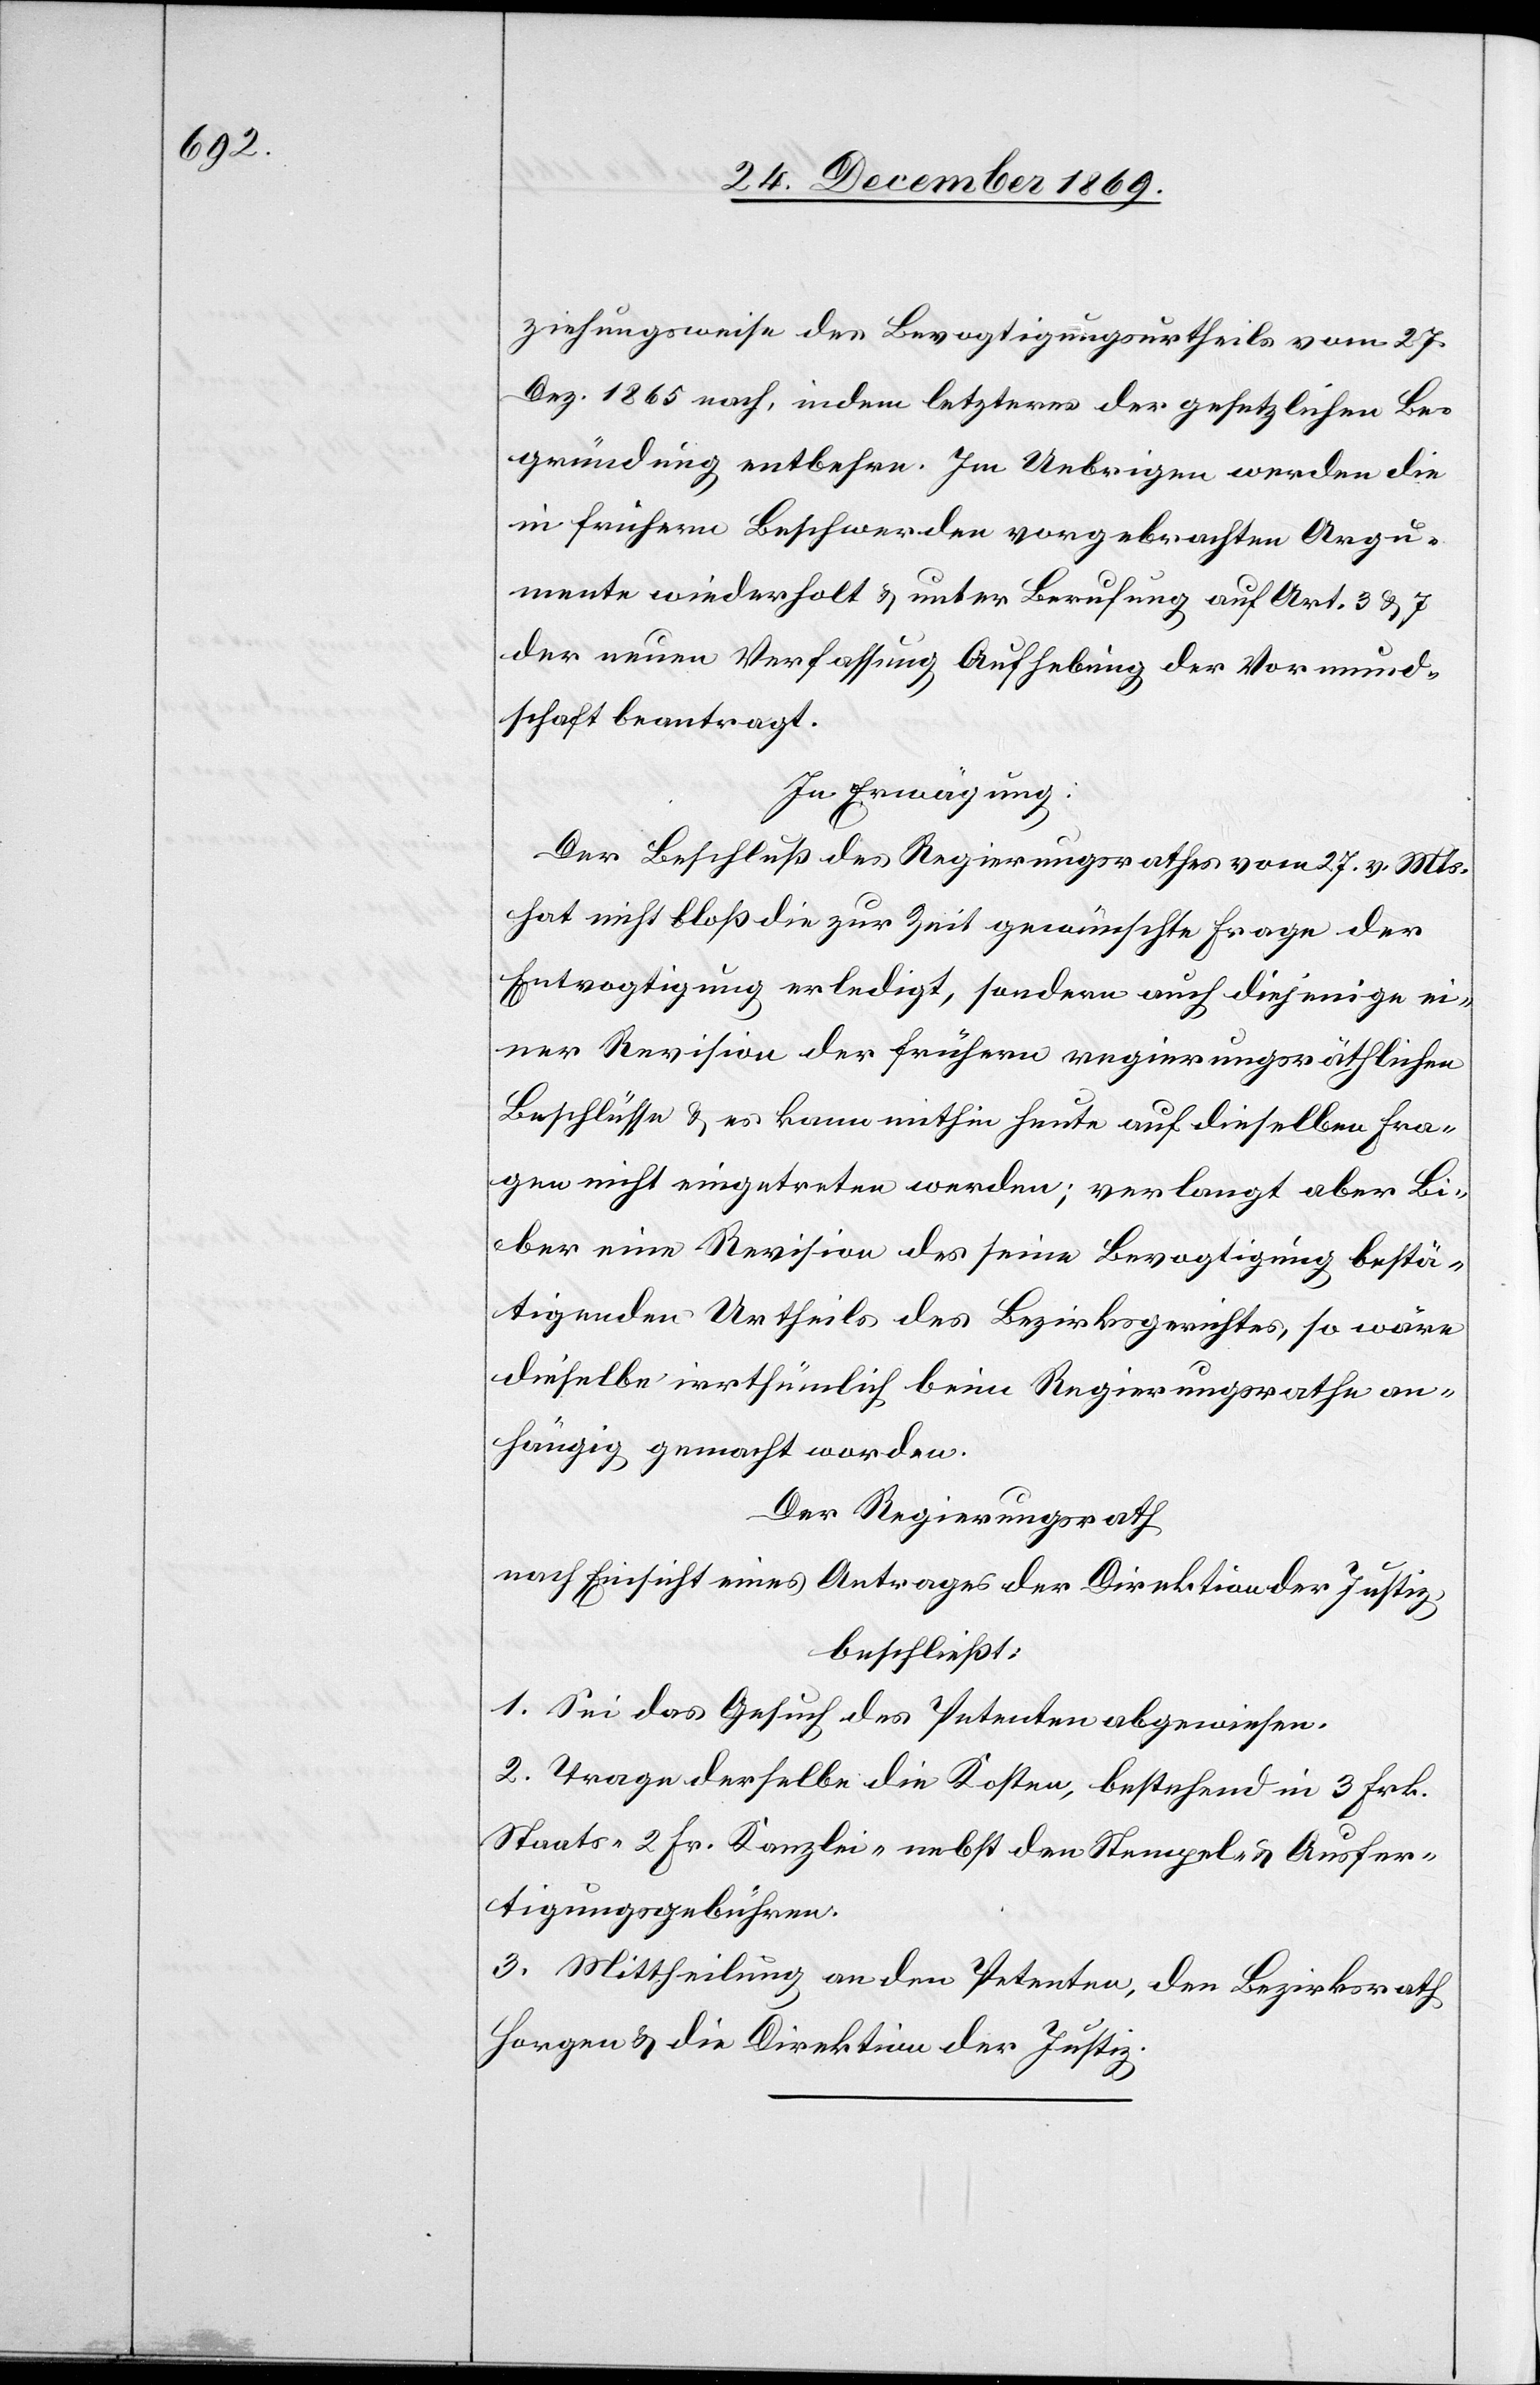
ziehungsweise des Bevogtigungsurtheils vom 27.
Dez. 1865 nach, indem letzteres der gesetzlichen Be¬
gründung entbehre. Im Uebrigen werden die
in frühern Beschwerden vorgebrachten Argu¬
mente wiederholt & unter Berufung auf Art. 3 & 7
der neuen Verfassung Aufhebung der Vormund¬
schaft beantragt.
In Erwägung:
Der Beschluß des Regierungsrathes vom 27. v. Mts.
hat nicht bloß die zur Zeit gewünschte Frage der
Entvogtigung erledigt, sondern auch diejenige ei¬
ner Revision der frühern regierungsräthlichen
Beschlüsse & es kann mithin heute auf dieselben Fra¬
gen nicht eingetreten werden; verlangt aber B¬
iber eine Revision des seine Bevogtigung bestä¬
tigenden Urtheils des Bezirksgerichtes, so wäre
dieselbe irrthümlich beim Regierungsrathe an¬
hängig gemacht worden.
Der Regierungsrath
nach Einsicht eines Antrages der Direktion der Justiz,
beschließt:
1. Sei das Gesuch des Petenten abgewiesen.
2. Trage derselbe die Kosten, bestehend in 3 Frk.
Staats-[,] 2 Fr. Kanzlei-[,] nebst den Stempel- & Ausfer¬
tigungsgebühren.
3. Mittheilung an den Petenten, den Bezirksrath
Horgen & die Direktion der Justiz.